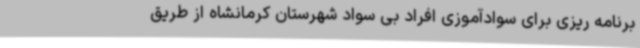
برنامه ریزی برای سوادآموزی افراد بی سواد شهرستان کرمانشاه از طریق